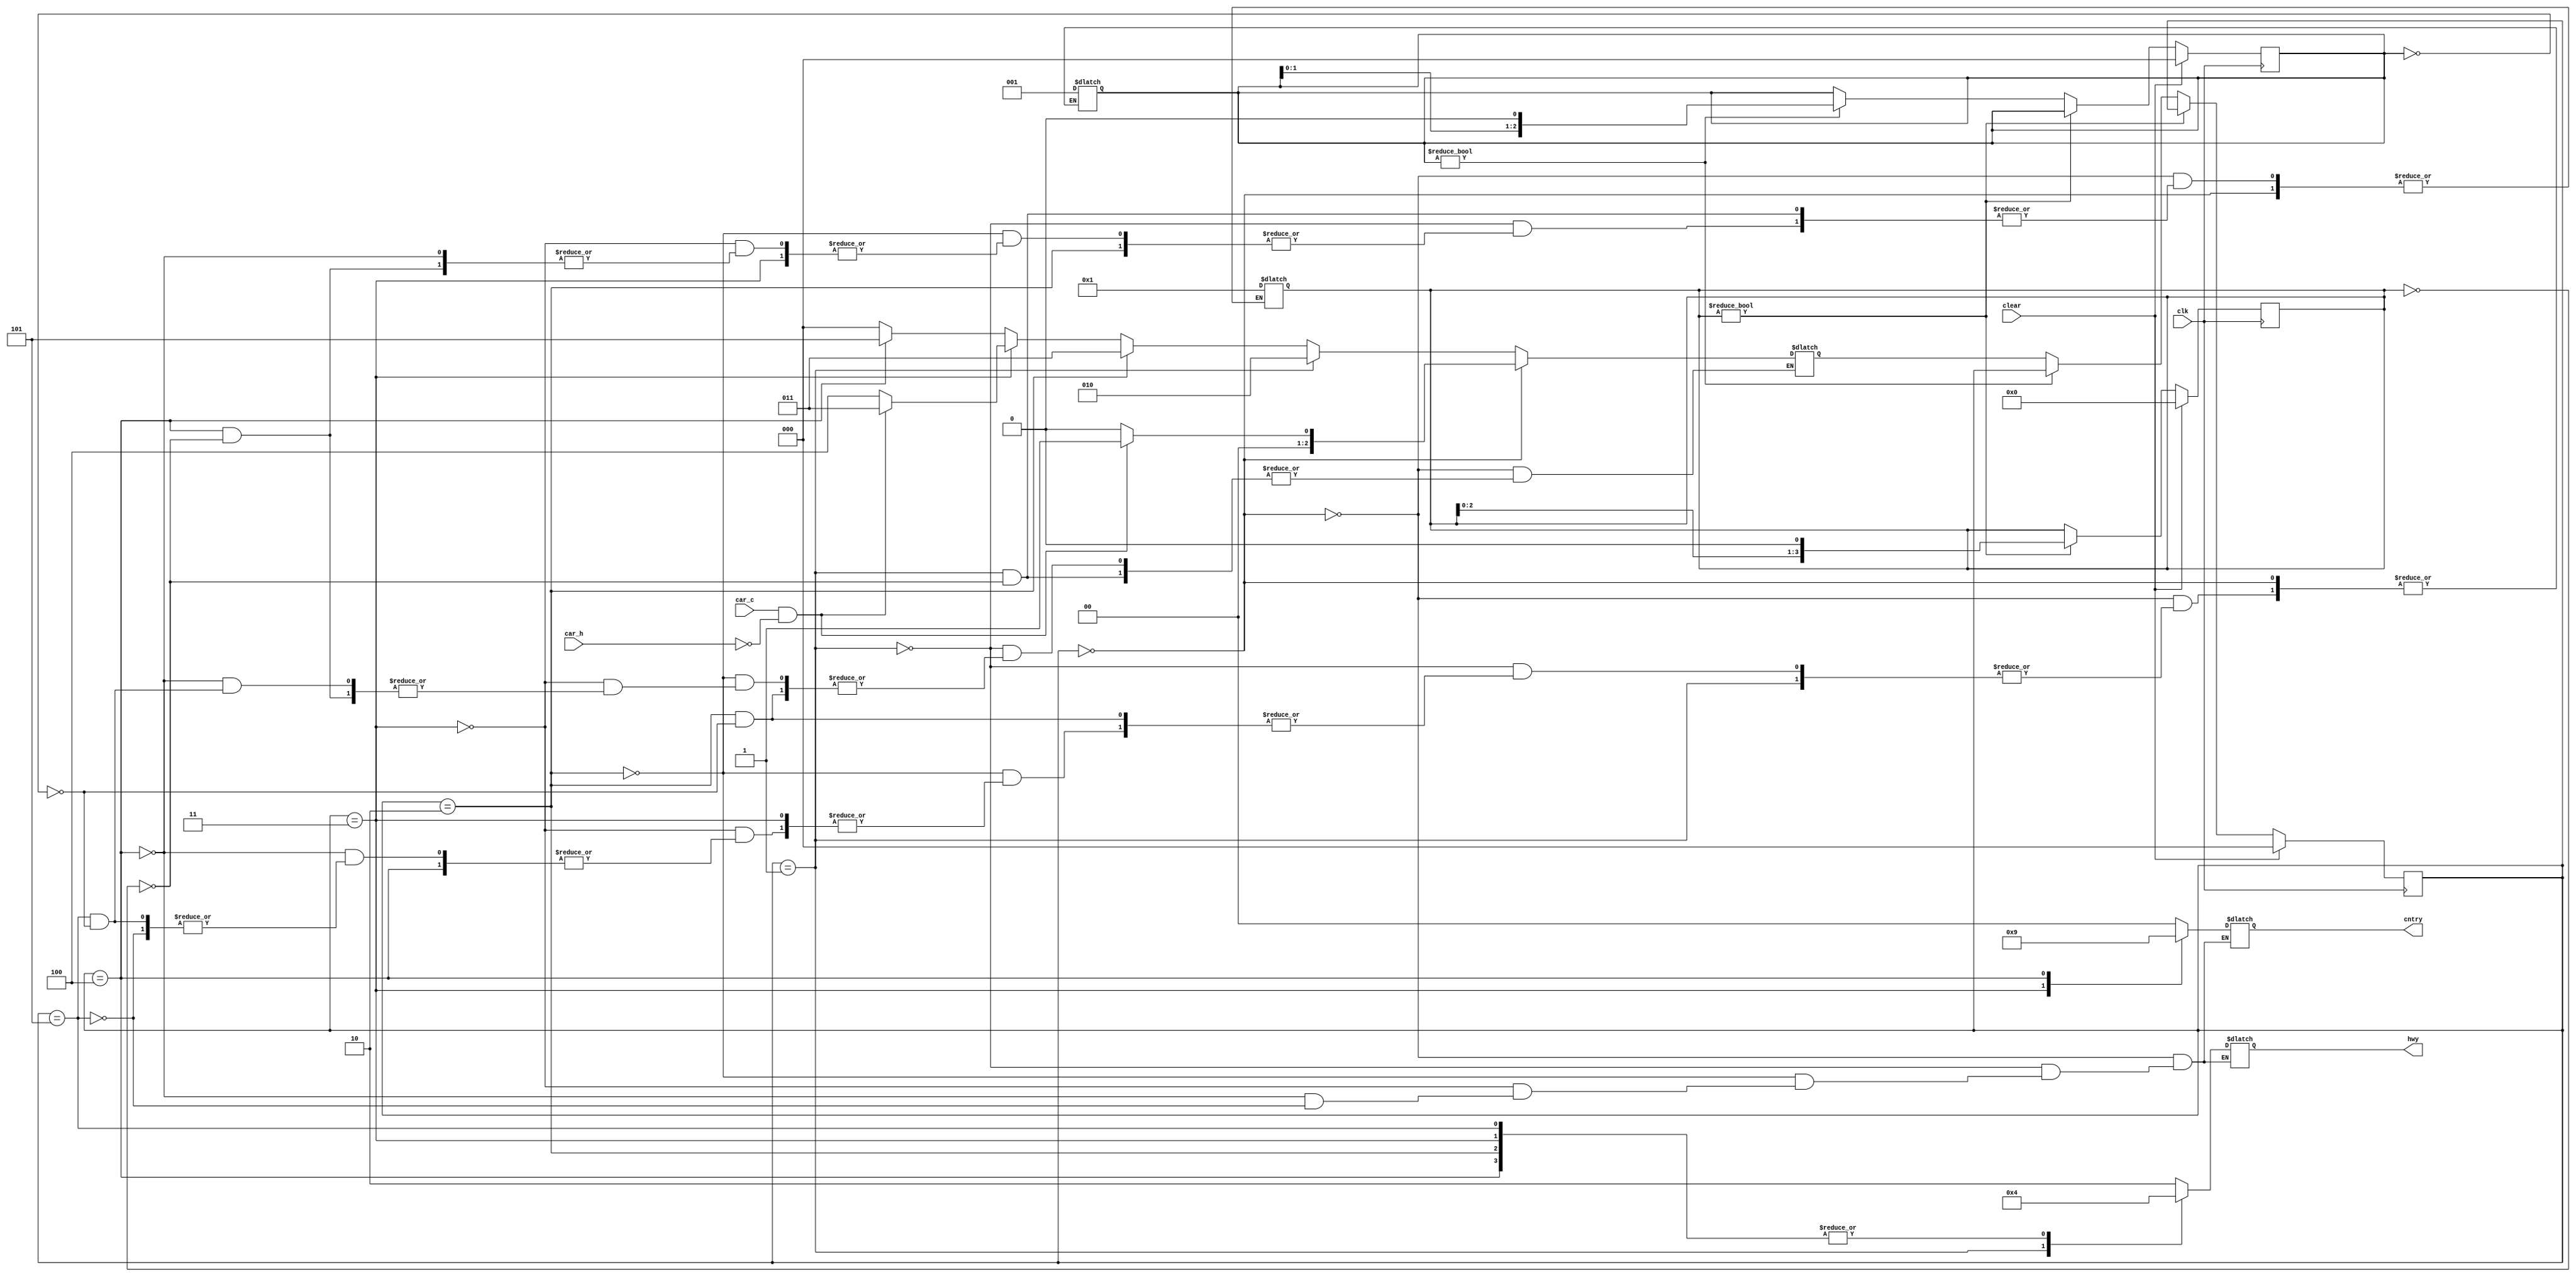
module light_control (hwy, cntry, car_h, car_c, clk,clear);
    input car_h, car_c, clear, clk;
    output reg[1:0] hwy, cntry;
    parameter   RED = 2'd0,
                YELLOW = 2'd1,
                GREEN = 2'd2,
                Delay_ytr = 4,//yellow to red delay
                Delay_rtg = 3;//red to green delay
    parameter   S0 = 3'd0,
                S1 = 3'd1,
                S2 = 3'd2,
                S3 = 3'd3,
                S4 = 3'd4,
                S5 = 3'd5;
    reg[2:0] state;
    reg[2:0] next_state;
    reg[Delay_ytr:1] ytr_delay; //yellow to red delay
    reg[Delay_rtg:1] rtg_delay; //red to green delay

    always @(posedge clk) begin
        if(clear) begin
            state <= S0;
            ytr_delay <= 0;
            rtg_delay <= 0;
        end
        else begin
            if(ytr_delay != 0) begin
                ytr_delay <= ytr_delay << 1;
            end
            else if(rtg_delay != 0) begin
                rtg_delay <= rtg_delay << 1;
            end
            else begin
                state <= next_state;
            end
        end
    end

    always @(state) begin
        case (state)
            S0: begin
                hwy = GREEN;
                cntry = RED;
            end
            S1: begin
                hwy = YELLOW;
                cntry = RED;
            end
            S2: begin
                hwy = RED;
                cntry = RED;
            end
            S3: begin
                hwy = RED;
                cntry = GREEN;
            end
            S4: begin
                hwy = RED;
                cntry = YELLOW;
            end
            S5: begin
                hwy = RED;
                cntry = RED;
            end
            default: ;
        endcase
    end

    always @(state or car_c or car_h) begin
        if(state == S0) begin
            if(car_c == 1 && car_h == 0) begin
                next_state <= S1;
            end
            else begin
                next_state <= S0;
            end
        end
        else if(state == S1) begin
            if(ytr_delay == 0) begin
                ytr_delay <= 1;
                next_state <= S2;
            end
        end
        else if(state == S2) begin
            if(rtg_delay == 0) begin
                rtg_delay <= 1;
                next_state <= S3;
            end
        end
        else if(state == S3) begin
            if(car_c == 1 && car_h == 0) begin
                next_state <= S3;
            end
            else begin
                next_state <= S4;
            end
        end
        else if(state == S4) begin
            if(ytr_delay == 0) begin
                ytr_delay <= 1;
                next_state <= S5;
            end
        end
        else if (state == S5) begin
            if(rtg_delay == 0) begin
                rtg_delay <= 1;
                next_state <= S0;
            end
        end
        else begin
            next_state <= S0;
        end
    end
endmodule

// S0: hwy = GREEN;
//     cntry = RED;
// S1: hwy = YELLOW;
//     cntry = RED;
// S2: hwy = RED;
//     cntry = RED;
// S3: hwy = RED;
//     cntry = GREEN;
// S4: hwy = RED;
//     cntry = YELLOW;
// S5: hwy = RED;
//     cntry = RED;